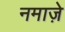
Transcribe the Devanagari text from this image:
नमाजे़